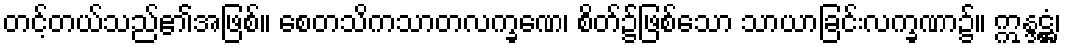
တင့်တယ်သည်၏အဖြစ်။ စေတသိကသာတလက္ခဏေ၊ စိတ်၌ဖြစ်သော သာယာခြင်းလက္ခဏာ၌။ ဣန္ဒဋ္ဌံ၊